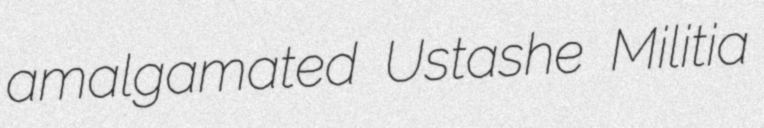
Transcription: amalgamated Ustashe Militia